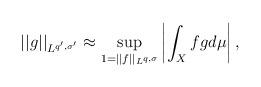
LaTeX: \begin{align*} || g ||_{L^{q^{\prime},\sigma^{\prime}}} \approx \sup_{1=||f||_{L^{q,\sigma}} } \left| \int_X f g d \mu \right| , \end{align*}